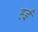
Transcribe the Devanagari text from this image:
हईं